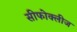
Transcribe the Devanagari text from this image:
सीफोक्लीज